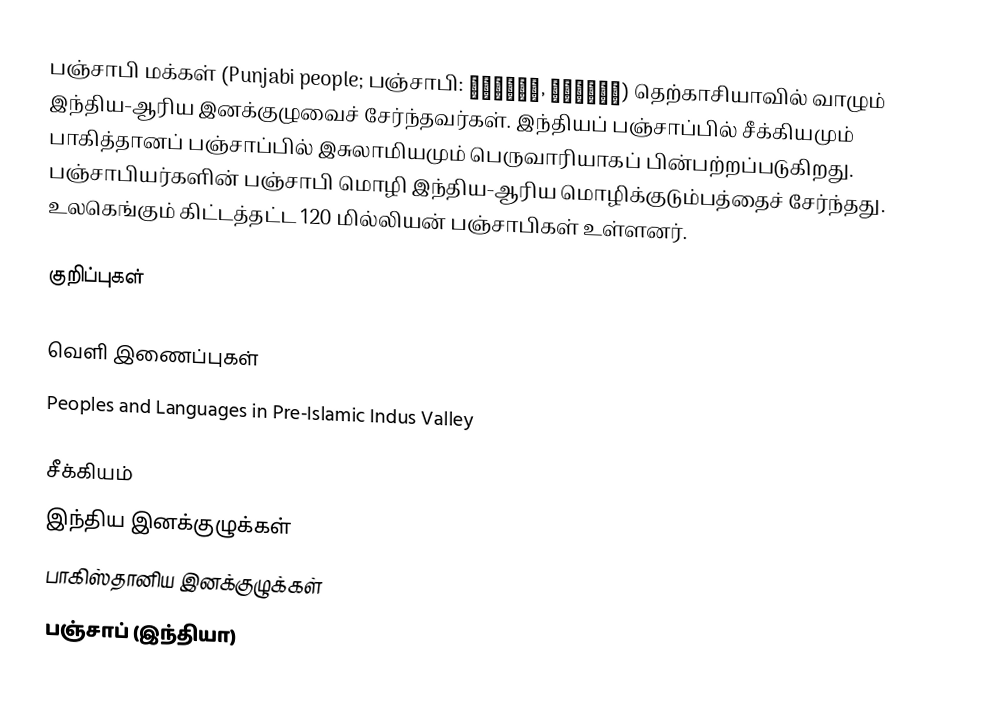
பஞ்சாபி மக்கள் (Punjabi people; பஞ்சாபி: ਪੰਜਾਬੀ, پنجابی) தெற்காசியாவில் வாழும் இந்திய-ஆரிய இனக்குழுவைச் சேர்ந்தவர்கள். இந்தியப் பஞ்சாப்பில் சீக்கியமும் பாகித்தானப் பஞ்சாப்பில் இசுலாமியமும் பெருவாரியாகப் பின்பற்றப்படுகிறது. பஞ்சாபியர்களின் பஞ்சாபி மொழி இந்திய-ஆரிய மொழிக்குடும்பத்தைச் சேர்ந்தது. உலகெங்கும் கிட்டத்தட்ட 120 மில்லியன் பஞ்சாபிகள் உள்ளனர்.

குறிப்புகள்

வெளி இணைப்புகள்
 Peoples and Languages in Pre-Islamic Indus Valley

சீக்கியம்
இந்திய இனக்குழுக்கள்
பாகிஸ்தானிய இனக்குழுக்கள்
பஞ்சாப் (இந்தியா)